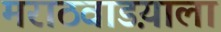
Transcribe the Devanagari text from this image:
मराठवाडय़ाला